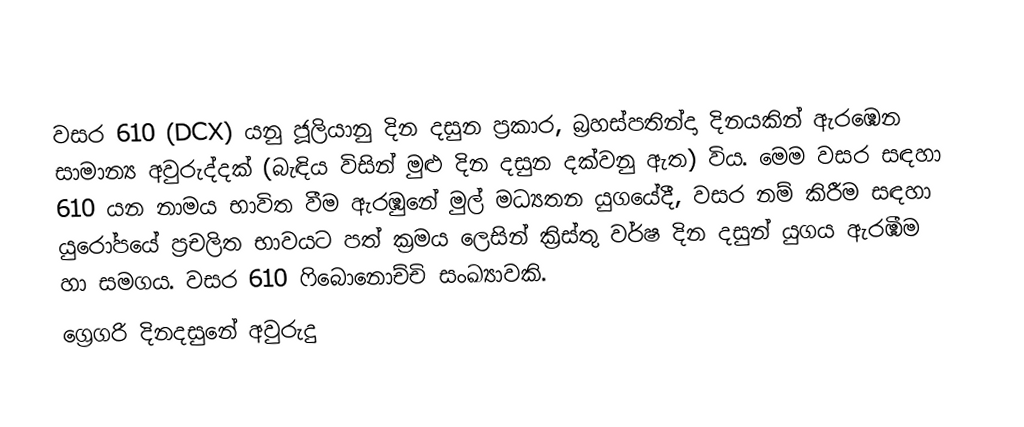
වසර  610 (DCX) යනු ජූලියානු දින දසුන ප්‍රකාර,   බ්‍රහස්පතින්දා දිනයකින් ඇරඹෙන සාමාන්‍ය අවුරුද්දක් (බැඳිය විසින් මුළු දින දසුන දක්වනු ඇත) විය. මෙම වසර සඳහා 610 යන නාමය භාවිත වීම ඇරඹුනේ මුල් මධ්‍යතන යුගයේදී, වසර නම් කිරීම සඳහා යුරෝපයේ ප්‍රචලිත භාවයට පත් ක්‍රමය ලෙසින් ක්‍රිස්තු වර්ෂ දින දසුන් යුගය ඇරඹීම හා සමගය. වසර 610 ෆිබොනොච්චි සංඛ්‍යාවකි.
ග්‍රෙගරි දිනදසුනේ අවුරුදු